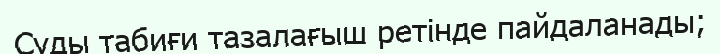
Суды табиғи тазалағыш ретінде пайдаланады;